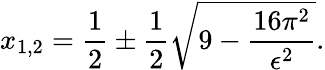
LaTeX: x_{1,2}=\frac{1}{2}\pm\frac{1}{2}\sqrt{9-\frac{16\pi^{2}}{\epsilon^{2}}}.